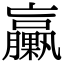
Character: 臝